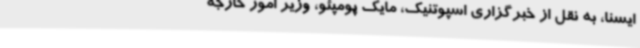
ایسنا، به نقل از خبرگزاری اسپوتنیک، مایک پومپئو، وزیر امور خارجه